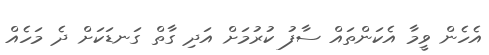
އެހެން ވީމާ އެކަންތައް ސާފު ކުރުމަށް އަދި ގާތް ގަނޑަކަށް ދެ މަހެއް